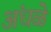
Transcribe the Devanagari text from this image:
अंधळे